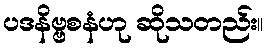
ပဒနိဗ္ဗစနံဟု ဆိုသတည်း။